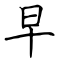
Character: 早